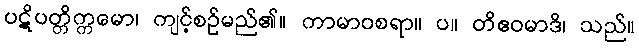
ပဋိပတ္တိက္ကမော၊ ကျင့်စဉ်မည်၏။ ကာမာဝစရာ။ ပ။ တိဧဝမာဒိ၊ သည်။